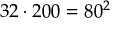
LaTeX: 3 2 \cdot 2 0 0 = 8 0 ^ { 2 }